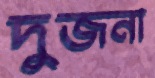
দুজনা